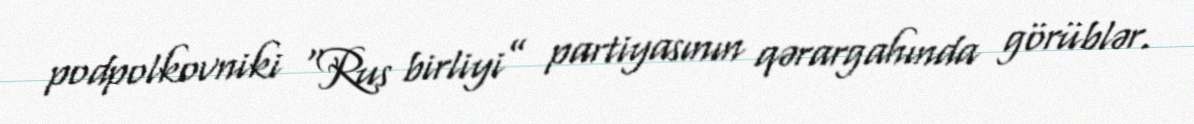
podpolkovniki “Rus birliyi” partiyasının qərargahında görüblər.